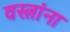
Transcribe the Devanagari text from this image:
वस्त्रांना